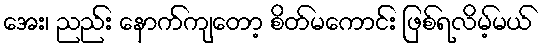
အေး၊ ညည်း နောက်ကျတော့ စိတ်မကောင်း ဖြစ်ရလိမ့်မယ်